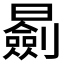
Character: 𣋽